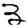
Digit: 3